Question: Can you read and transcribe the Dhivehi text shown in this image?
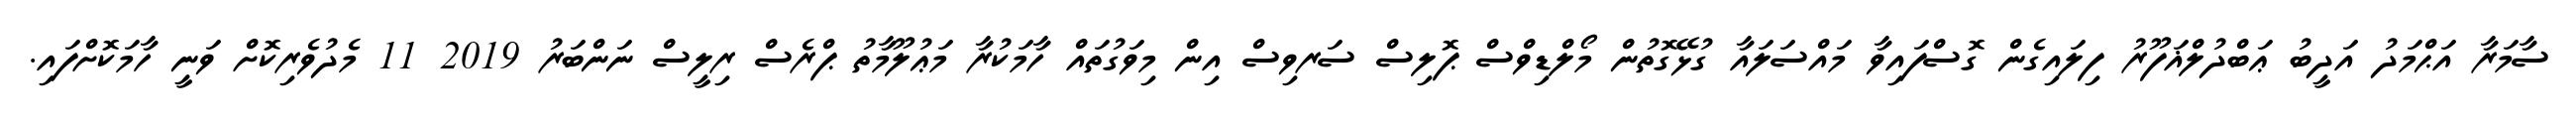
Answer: ސާމަރާ އަޙްމަދު އަދީބު ޢަބްދުލްޣަފޫރު ފިލައިގެން ގޮސްފައިވާ މައްސަލައާ ގުޅޭގޮތުން މޯލްޑިވްސް ޕޮލިސް ސަރވިސް އިން މިވަގުތައް ހާމަކުރާ މަޢުލޫމާތު ޕްރެސް ރިލީސް ނަންބަރު 2019 11 މެދުވެރިކޮށް ވަނީ ހާމަކޮށްފައި.